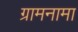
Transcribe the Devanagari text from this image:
ग्रामनामा